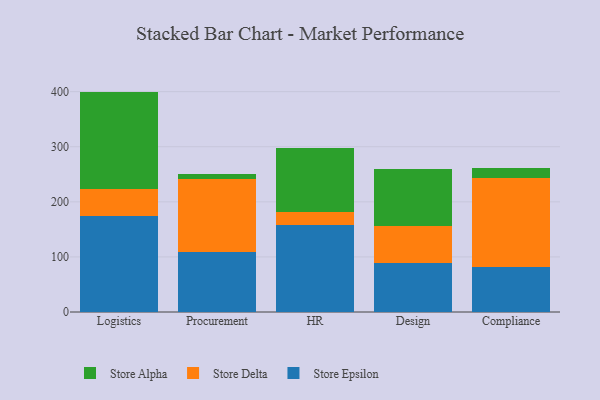
{"axis": {"x": "Department", "y": "Market Share (%)"}, "legend": ["Store Alpha", "Store Delta", "Store Epsilon"], "data": [{"x": "Logistics", "y": 174.3, "type": "Store Epsilon"}, {"x": "Logistics", "y": 49.6, "type": "Store Delta"}, {"x": "Logistics", "y": 176.2, "type": "Store Alpha"}, {"x": "Procurement", "y": 108.3, "type": "Store Epsilon"}, {"x": "Procurement", "y": 132.6, "type": "Store Delta"}, {"x": "Procurement", "y": 8.8, "type": "Store Alpha"}, {"x": "HR", "y": 157.1, "type": "Store Epsilon"}, {"x": "HR", "y": 24.7, "type": "Store Delta"}, {"x": "HR", "y": 116.1, "type": "Store Alpha"}, {"x": "Design", "y": 89.8, "type": "Store Epsilon"}, {"x": "Design", "y": 66.1, "type": "Store Delta"}, {"x": "Design", "y": 104.4, "type": "Store Alpha"}, {"x": "Compliance", "y": 81.7, "type": "Store Epsilon"}, {"x": "Compliance", "y": 160.9, "type": "Store Delta"}, {"x": "Compliance", "y": 19.5, "type": "Store Alpha"}]}